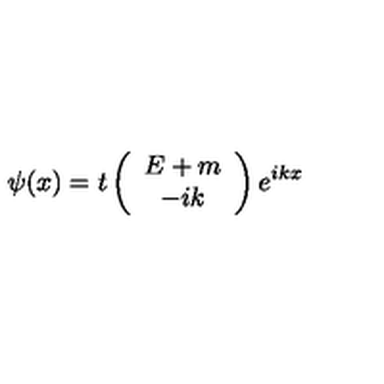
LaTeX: \psi ( x ) = t \left( \begin{array} { c } { E + m } \\ { - i k } \\ \end{array} \right) e ^ { i k x }